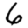
Digit: 6